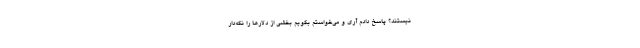
نیستند؟ پاسخ دادم آری و می‌خواستم بگویم بخشی از دلارها را نگه‌دار